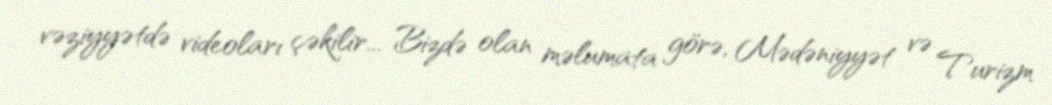
vəziyyətdə videoları çəkilir... Bizdə olan məlumata görə, Mədəniyyət və Turizm